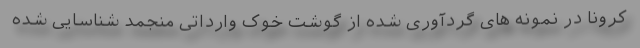
کرونا در نمونه های گردآوری شده از گوشت خوک وارداتی منجمد شناسایی شده